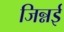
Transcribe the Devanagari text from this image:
जिन्नई